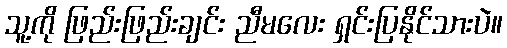
သူ့ကို ဖြည်းဖြည်းချင်း ညီမလေး ရှင်းပြနိုင်သားပဲ။